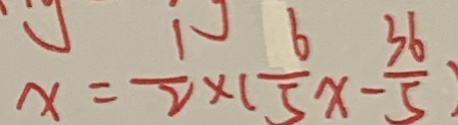
x = \frac { 1 } { 2 } \times ( \frac { 6 } { 5 } x - \frac { 3 6 } { 5 } )